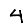
Digit: 4